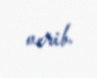
verib.